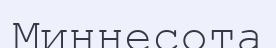
Миннесота